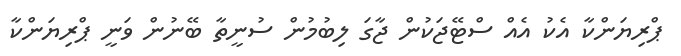
ޕްރިޔަންކާ އެކު އެއް ސްޓޭޖަކުން ޖާގަ ލިބުމުން ސުނީތާ ބޭނުން ވަނީ ޕްރިޔަންކާ